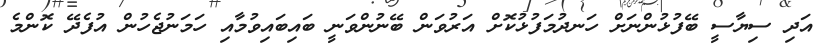
އަދި ސިޔާސީ ބޭފުޅުންނަށް ހަނދުމަފުޅުކޮށް އަރުވަން ބޭނުންވަނީ ބައިބައިވުމާއި ހަމަނުޖެހުން އުފެދޭ ކޮންމެ